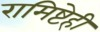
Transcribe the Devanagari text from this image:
रामिष्टेही